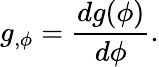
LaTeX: g_{,\phi}=\frac{dg(\phi)}{d\phi}.